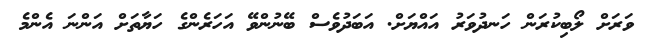
ވަރަށް ލޯބިކުރަން ހަނދުވަރު އައްޔަށް. އަބަދުވެސް ބޭނުންވޭ އަހަރެންގެ ހަޔާތަށް އަންނަ އެންމެ